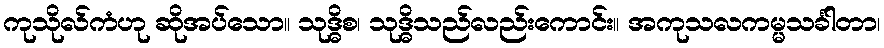
ကုသိုလ်ကံဟု ဆိုအပ်သော။ သုဒ္ဓိစ၊ သုဒ္ဓိသည်လည်းကောင်း။ အကုသလကမ္မသင်္ခါတာ၊